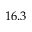
1 6 . 3